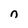
Character: n